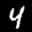
Label: 4